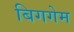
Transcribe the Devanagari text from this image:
बिगगेम